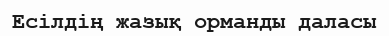
Есілдің жазық орманды даласы